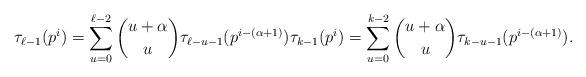
LaTeX: \begin{align*} \tau_{\ell-1}(p^i) = \sum_{u=0}^{\ell-2} \binom{u+\alpha}{u}\tau_{\ell-u-1}(p^{i-(\alpha+1)}) \tau_{k-1}(p^i) =\sum_{u=0}^{k-2} \binom{u+\alpha}{u}\tau_{k-u-1}(p^{i-(\alpha+1)}).\end{align*}